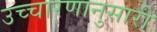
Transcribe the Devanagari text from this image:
उच्चारणानुसारी